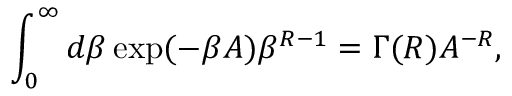
\int _ { 0 } ^ { \infty } d \beta \exp ( - \beta A ) \beta ^ { R - 1 } = \Gamma ( R ) A ^ { - R } ,